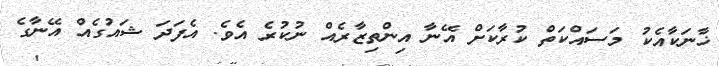
ޚާނަކާއެކު މަސައްކަތް ކުރާކަށް އޭނާ އިންތިޒާރެއް ނުކުރެ އެވެ. އެފަދަ ޝައުގެއް އޭނާގެ